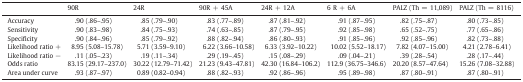
|  | 90R | 24R | 90R + 45A | 24R + 12A | 6 R + 6A | PALZ (Th = 11,089) | PALZ (Th = 8116) |
 | --- | --- | --- | --- | --- | --- | --- | --- |
 | Accuracy | .90 (.86–.95) | .85 (.79–.90) | .83 (.77–.89) | .87 (.81–.92) | .91 (.87–.95) | .82 (.75–.87) | .80 (.73–.85) |
 | Sensitivity | .90 (.83–.98) | .84 (.75–.93) | .74 (.63–.85) | .87 (.79–.95) | .92 (.85–.98) | .65 (.52–.75) | .77 (.65–.86) |
 | Specificity | .90 (.84–.96) | .85 (.79–.92) | .88 (.82–.94) | .86 (.80–.93) | .91 (.85–.96) | .92 (.85–.96) | .82 (.73–.88) |
 | Likelihood ratio + | 8.95 (5.08–15.78) | 5.71 (3.59–9.10) | 6.22 (3.66–10.58) | 6.33 (3.92–10.22) | 10.02 (5.52–18.17) | 7.82 (4.07–15.00) | 4.21 (2.78–6.41) |
 | Likelihood ratio − | .11 (.05–.23) | .19 (.11–.34) | .29 (.19–.45) | .15 (.08–.29) | .09 (.04–.21) | .39 (.28–.54) | .28 (.17–.44) |
 | Odds ratio | 83.15 (29.17–237.0) | 30.22 (12.79–71.42) | 21.23 (9.43–47.81) | 42.30 (16.84–106.2) | 112.9 (36.75–346.6) | 20.20 (8.57–47.64) | 15.26 (7.08–32.88) |
 | Area under curve | .93 (.87–.97) | 0.89 (0.82–0.94) | .88 (.82–.93) | .92 (.86–.96) | .95 (.89–.98) | .87 (.80–.91) | .87 (.80–.91) |